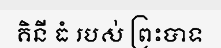
គិនី ធំ របស់ ព្រះបាទ